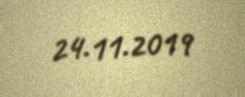
24.11.2019